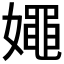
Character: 𡢘